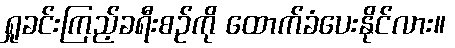
ရှုခင်းကြည့်ခရီးစဉ်ကို ထောက်ခံပေးနိုင်လား။